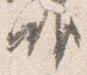
唯